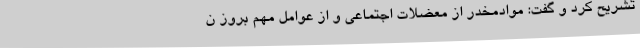
تشریح کرد و گفت: موادمخدر از معضلات اجتماعی و از عوامل مهم بروز ن